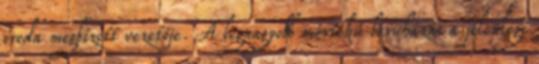
iroda megbízott vezetője. A legnagyobb mértékű beruházás a jelenlegi